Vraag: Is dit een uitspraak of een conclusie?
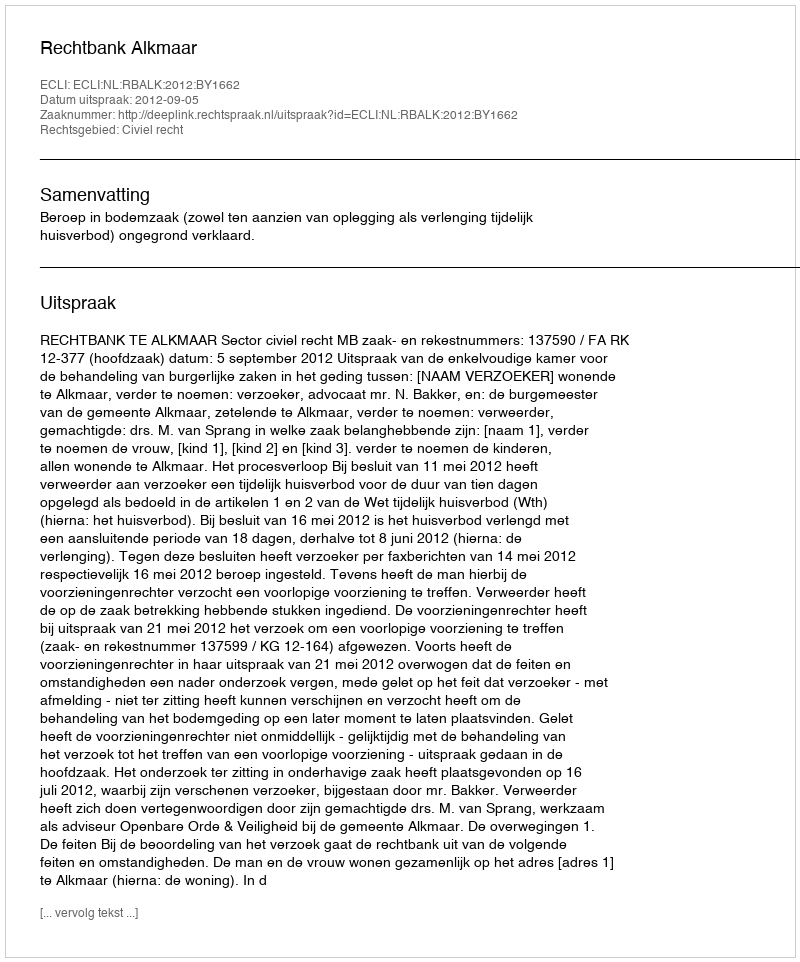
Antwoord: Uitspraak